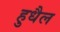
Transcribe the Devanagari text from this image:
हुधैल